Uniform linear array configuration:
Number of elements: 64
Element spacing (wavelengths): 0.25
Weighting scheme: exponential
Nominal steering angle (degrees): -60
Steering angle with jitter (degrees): -59.408
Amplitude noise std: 0.05
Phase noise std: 0.05

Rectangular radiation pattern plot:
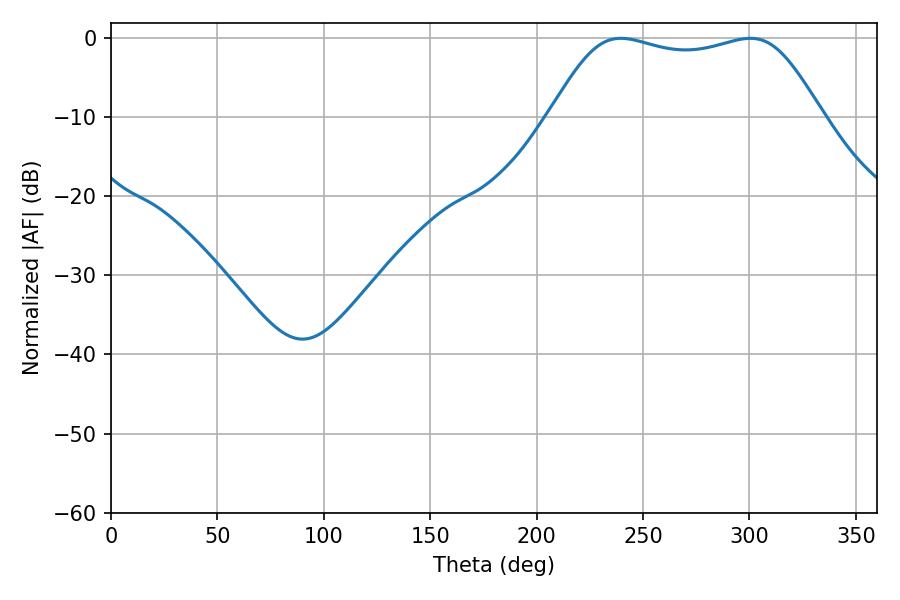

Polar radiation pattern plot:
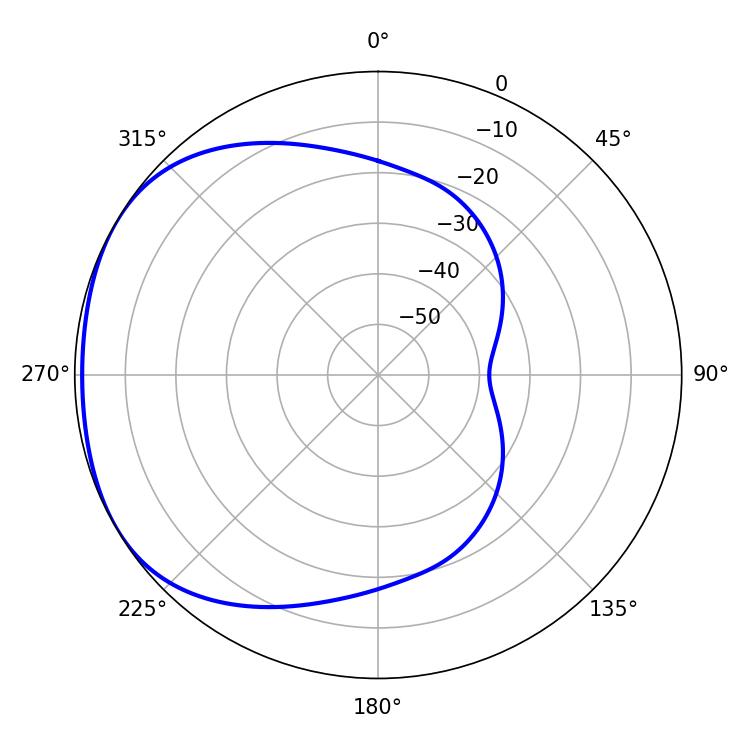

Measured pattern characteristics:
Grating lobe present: FALSE
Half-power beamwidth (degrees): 97.56
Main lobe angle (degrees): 239.58